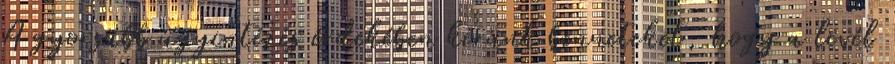
A gyorsabb ügyintézés érdekében kérünk benneteket, hogy a levél